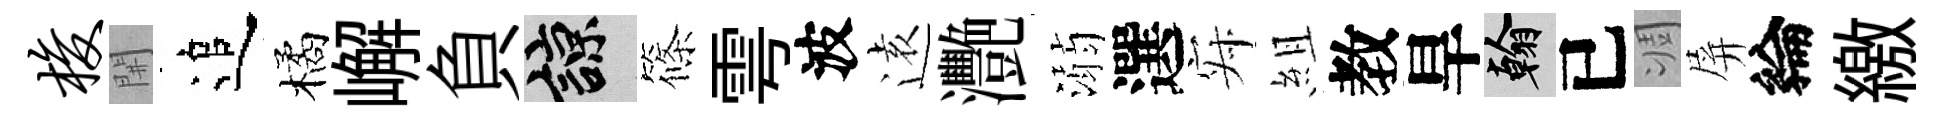
梭𨳩追橘嶰負諒篠雩波逺灧溺選寂組教旱翰已凋屏綸繳